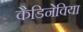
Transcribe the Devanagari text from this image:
कैडिनेविया